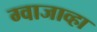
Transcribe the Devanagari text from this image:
ग्वाजाव्हा